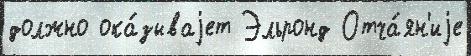
должно ока́зываjет Эльронд Отча́ян'иjе